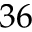
3 6